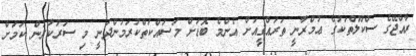
ރާއްޖޭގެ ސްކޫލްތަކުގެ ޢުމްރާނީ ތަރައްޤީއަށް އެންމެ ބޮޑަށް މަސައްކަތްކުރަމުންދަނީ މި ސަރުކާރުން ކަމަށް